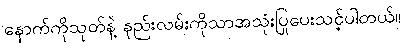
နောက်ကိုသုတ်နဲ့ နည်းလမ်းကိုသာအသုံးပြုပေးသင့်ပါတယ်။